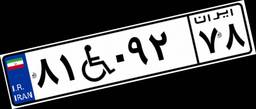
۸۱W۰۹۲۷۸